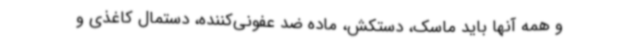
و همه آنها باید ماسک، دستکش، ماده ضد عفونی‌کننده، دستمال ‌کاغذی و